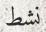
نشط